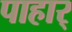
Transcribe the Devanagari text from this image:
पाहार्